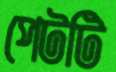
পেটটি